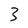
Character: 3